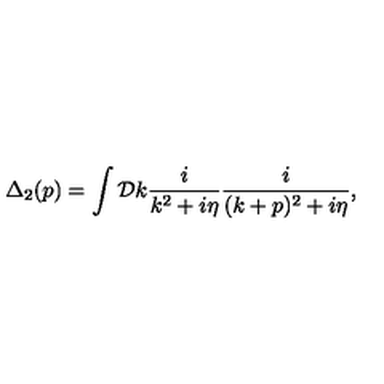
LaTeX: \Delta _ { 2 } ( p ) = \int { \cal D } k \frac { i } { k ^ { 2 } + i \eta } \frac { i } { ( k + p ) ^ { 2 } + i \eta } ,